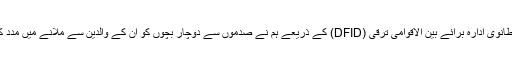
برطانوی ادارہ برائے بین الاقوامی ترقی (DFID) کے ذریعے ہم نے صدموں سے دوچار بچوں کو ان کے والدین سے ملانے میں مدد کی۔